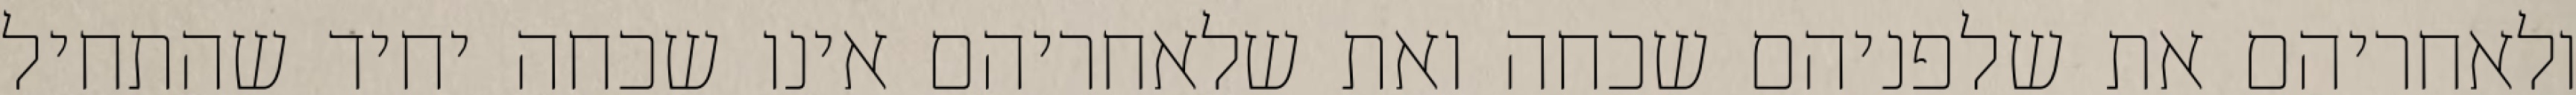
ולאחריהם את שלפניהם שכחה ואת שלאחריהם אינו שכחה יחיד שהתחיל